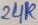
Text: 24K